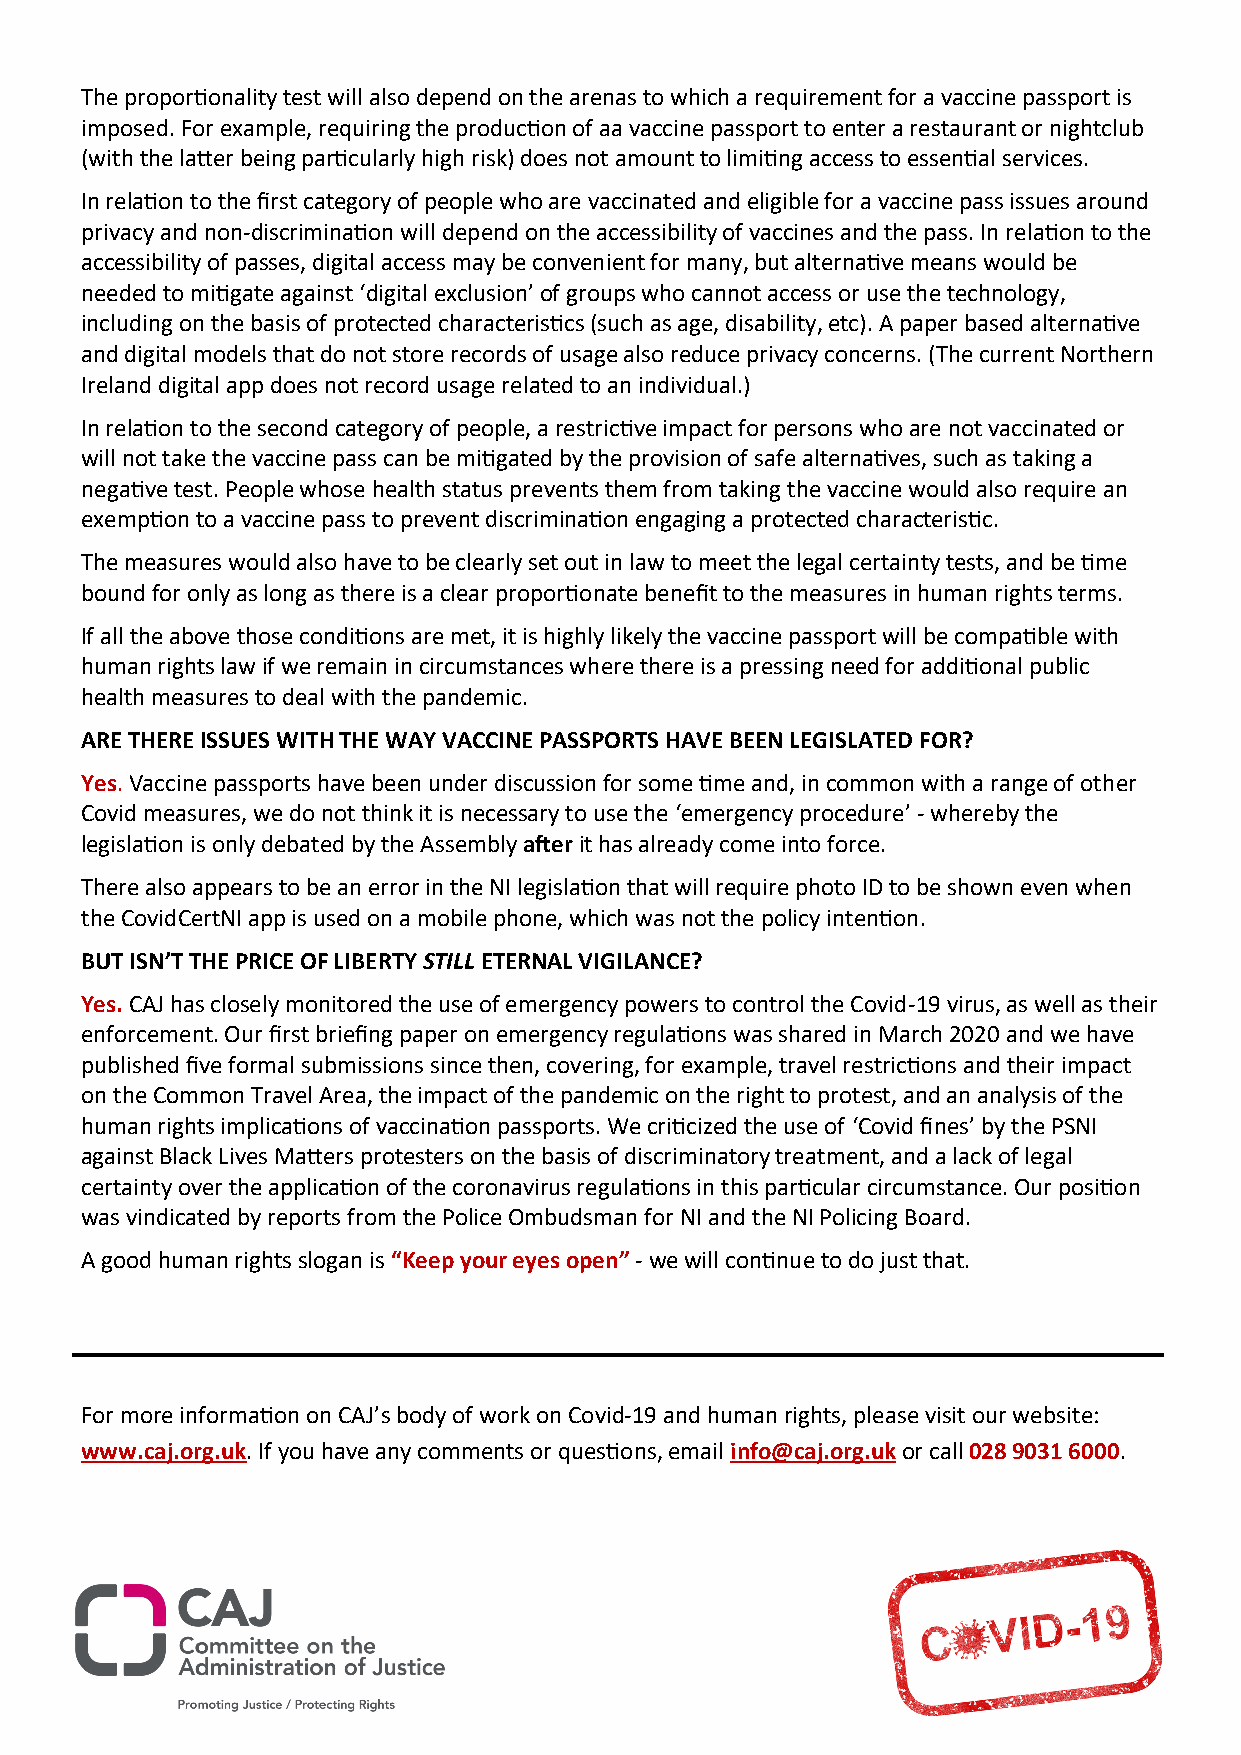
The proportionality test will also depend on the arenas to which a requirement for a vaccine passport is
 imposed. For example, requiring the production of aa vaccine passport to enter a restaurant or nightclub
 (with the latter being particularly high risk) does not amount to limiting access to essential services.
 In relation to the first category of people who are vaccinated and eligible for a vaccine pass issues around
 privacy and non-discrimination will depend on the accessibility of vaccines and the pass. In relation to the
 accessibility of passes, digital access may be convenient for many, but alternative means would be
 needed to mitigate against ‘digital exclusion’ of groups who cannot access or use the technology,
 including on the basis of protected characteristics (such as age, disability, etc). A paper based alternative
 and digital models that do not store records of usage also reduce privacy concerns. (The current Northern
 Ireland digital app does not record usage related to an individual.)
 In relation to the second category of people, a restrictive impact for persons who are not vaccinated or
 will not take the vaccine pass can be mitigated by the provision of safe alternatives, such as taking a
 negative test. People whose health status prevents them from taking the vaccine would also require an
 exemption to a vaccine pass to prevent discrimination engaging a protected characteristic.
 The measures would also have to be clearly set out in law to meet the legal certainty tests, and be time
 bound for only as long as there is a clear proportionate benefit to the measures in human rights terms.
 If all the above those conditions are met, it is highly likely the vaccine passport will be compatible with
 human rights law if we remain in circumstances where there is a pressing need for additional public
 health measures to deal with the pandemic.
 ARE THERE ISSUES WITH THE WAY VACCINE PASSPORTS HAVE BEEN LEGISLATED FOR?
 Yes. Vaccine passports have been under discussion for some time and, in common with a range of other
 Covid measures, we do not think it is necessary to use the ‘emergency procedure’ - whereby the
 legislation is only debated by the Assembly after it has already come into force.
 There also appears to be an error in the NI legislation that will require photo ID to be shown even when
 the CovidCertNI app is used on a mobile phone, which was not the policy intention.
 BUT ISN’T THE PRICE OF LIBERTY STILL ETERNAL VIGILANCE?
 Yes. CAJ has closely monitored the use of emergency powers to control the Covid-19 virus, as well as their
 enforcement. Our first briefing paper on emergency regulations was shared in March 2020 and we have
 published five formal submissions since then, covering, for example, travel restrictions and their impact
 on the Common Travel Area, the impact of the pandemic on the right to protest, and an analysis of the
 human rights implications of vaccination passports. We criticized the use of ‘Covid fines’ by the PSNI
 against Black Lives Matters protesters on the basis of discriminatory treatment, and a lack of legal
 certainty over the application of the coronavirus regulations in this particular circumstance. Our position
 was vindicated by reports from the Police Ombudsman for NI and the NI Policing Board.
 A good human rights slogan is “Keep your eyes open” - we will continue to do just that.
 For more information on CAJ’s body of work on Covid-19 and human rights, please visit our website:
 www.caj.org.uk. If you have any comments or questions, email info@caj.org.uk or call 028 9031 6000.